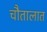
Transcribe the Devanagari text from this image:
चौतालात